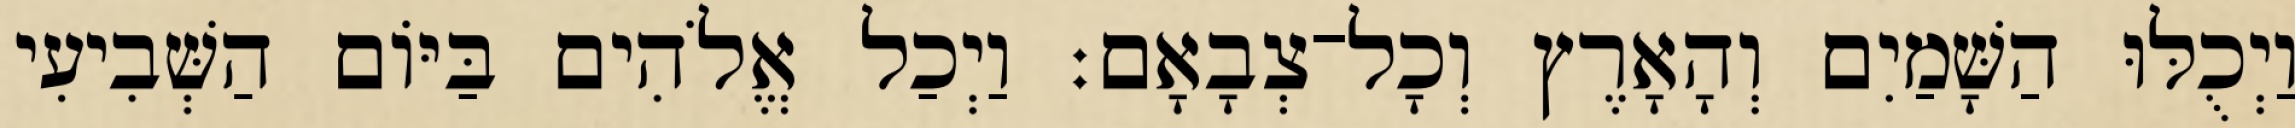
וַיְכֻלּוּ הַשָּׁמַיִם וְהָאָרֶץ וְכָל־צְבָאָם׃ וַיְכַל אֱלֹהִים בַּיֹּום הַשְּׁבִיעִי